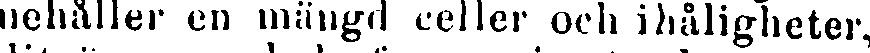
nehåller en mängd celler och ihåligheter,